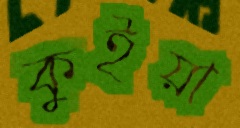
কুইয়া